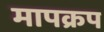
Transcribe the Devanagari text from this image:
मापक्रप